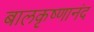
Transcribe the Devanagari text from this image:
बालकृष्णानंद